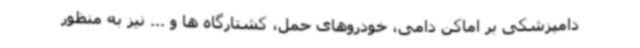
دامپزشکی بر اماکن دامی، خودروهای حمل، کشتارگاه ها و ... نیز به منظور